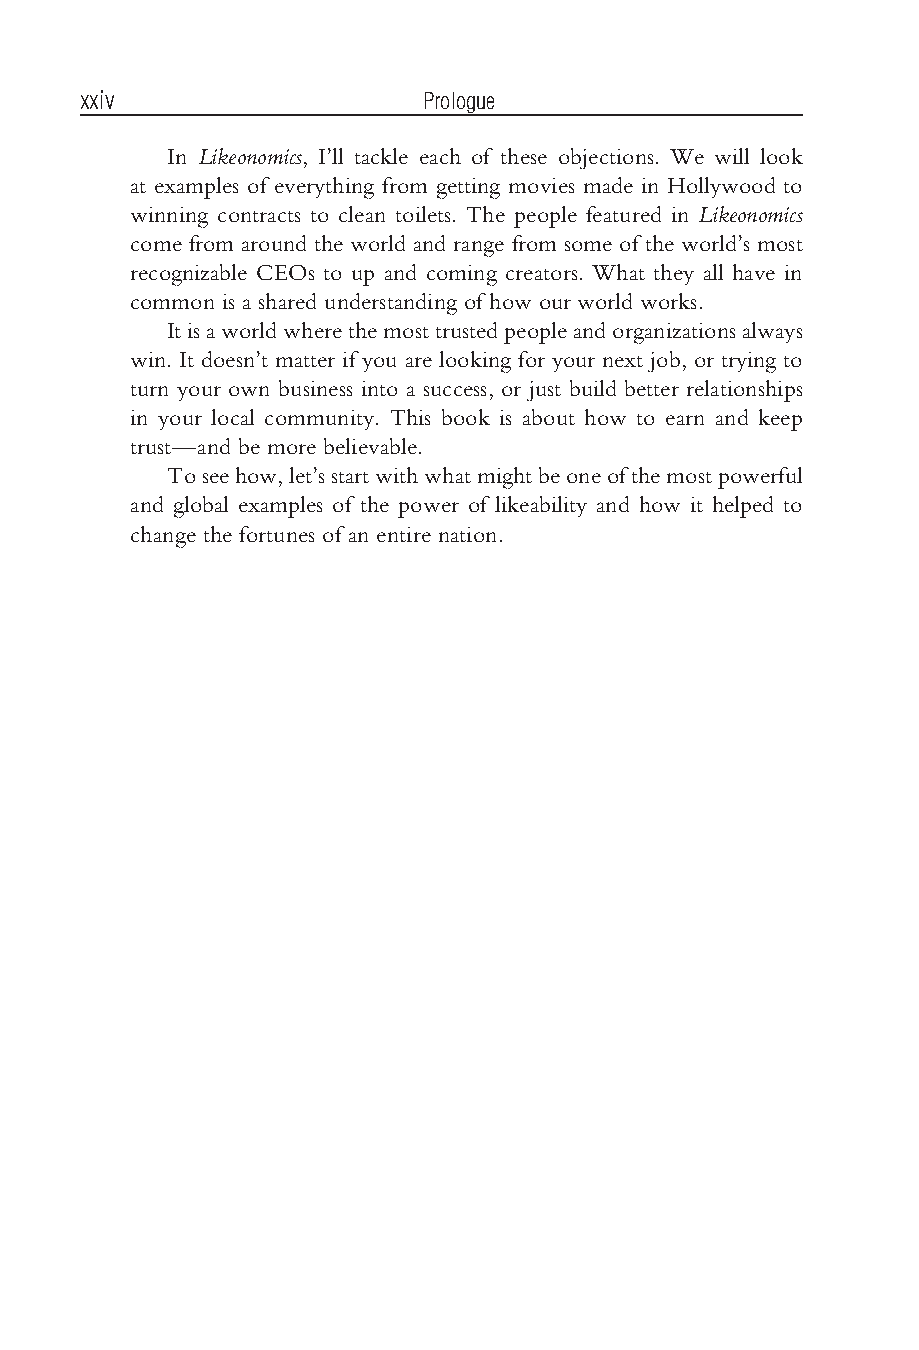
Bhargava flast2.tex V3-04/06/2012 11:21A.M. Pagexxiv
 xxiv                   Prologue
 In Likeonomics, I’ll tackle each of these objections. We will look
 at examples of everything from getting movies made in Hollywood to
 winning contracts to clean toilets. The people featured in Likeonomics
 come from around the world and range from some of the world’s most
 recognizable CEOs to up and coming creators. What they all have in
 common is a shared understanding of how our world works.
 Itisaworldwherethemosttrustedpeopleandorganizationsalways
 win. It doesn’t matter if you are looking for your next job, or trying to
 turn your own business into a success, or just build better relationships
 in your local community. This book is about how to earn and keep
 trust—and be more believable.
 Toseehow,let’sstartwithwhatmightbeoneofthemostpowerful
 and global examples of the power of likeability and how it helped to
 change the fortunes of an entire nation.